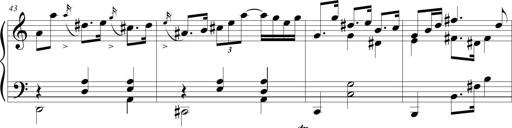
Title: Beatrice Bellaboomboom
Composer: Michel Rondeau
Key: A minor